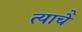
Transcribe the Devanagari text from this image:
त्याचेे